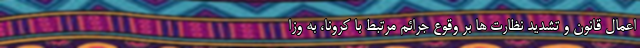
اعمال قانون و تشدید نظارت ها بر وقوع جرائم مرتبط با کرونا، به وزا